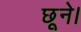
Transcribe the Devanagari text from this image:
छूने।